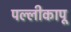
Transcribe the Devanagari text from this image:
पल्लीकापू